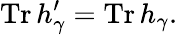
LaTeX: \operatorname{Tr}h_{\gamma}^{\prime}=\operatorname{Tr}h_{\gamma}.